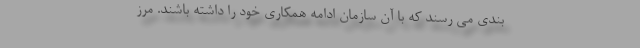
بندی می رسند که با آن سازمان ادامه همکاری خود را داشته باشند. مرز